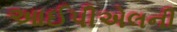
આઈપીએલની